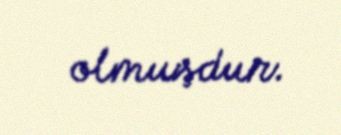
olmuşdur.